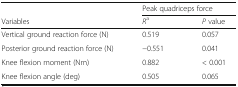
|  | <COLSPAN=2> Peak quadriceps force |
 | Variables | Ra | P value |
 | --- | --- | --- |
 | Vertical ground reaction force (N) | 0.519 | 0.057 |
 | Posterior ground reaction force (N) | −0.551 | 0.041 |
 | Knee flexion moment (Nm) | 0.882 | < 0.001 |
 | Knee flexion angle (deg) | 0.505 | 0.065 |